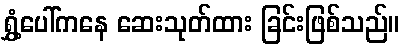
ရွှံ့ပေါ်ကနေ ဆေးသုတ်ထား ခြင်းဖြစ်သည်။